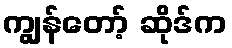
ကျွန်တော့် ဆိုဒ်က